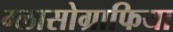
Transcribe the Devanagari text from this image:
ग्लासोग्राफिया